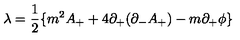
{ \lambda } = \frac { 1 } { 2 } \{ m ^ { 2 } A _ { + } + 4 { \partial } _ { + } ( { \partial } _ { - } A _ { + } ) - m { \partial } _ { + } { \phi } \}